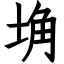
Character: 埆